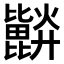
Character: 𣬗